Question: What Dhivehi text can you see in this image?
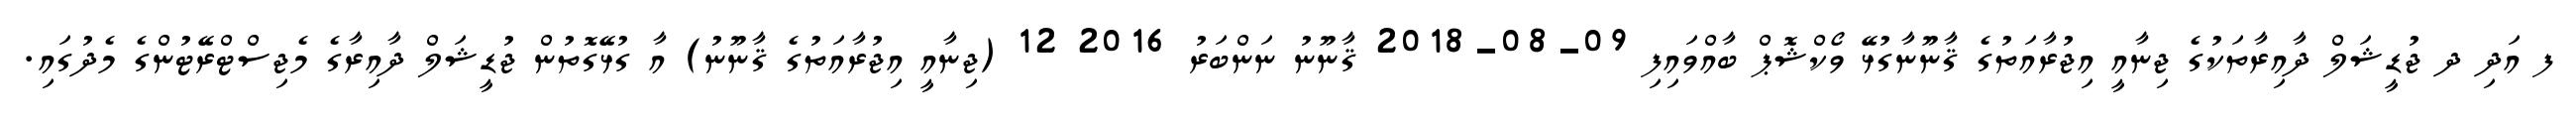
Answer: ފ އަދި ދ ޖުޑީޝަލް ދާއިރާތަކުގެ ޖިނާއީ އިޖުރާއަތުގެ ޤާނޫނާގުޅޭ ވޯކްޝޮޕް ބާއްވައިފި 09-08-2018 ޤާނޫނު ނަންބަރު 2016 12 (ޖިނާއީ އިޖުރާއަތުގެ ޤާނޫނު) އާ ގުޅޭގޮތުން ޖުޑީޝަލް ދާއިރާގެ މެޖިސްޓްރޭޓުންގެ މެދުގައި.